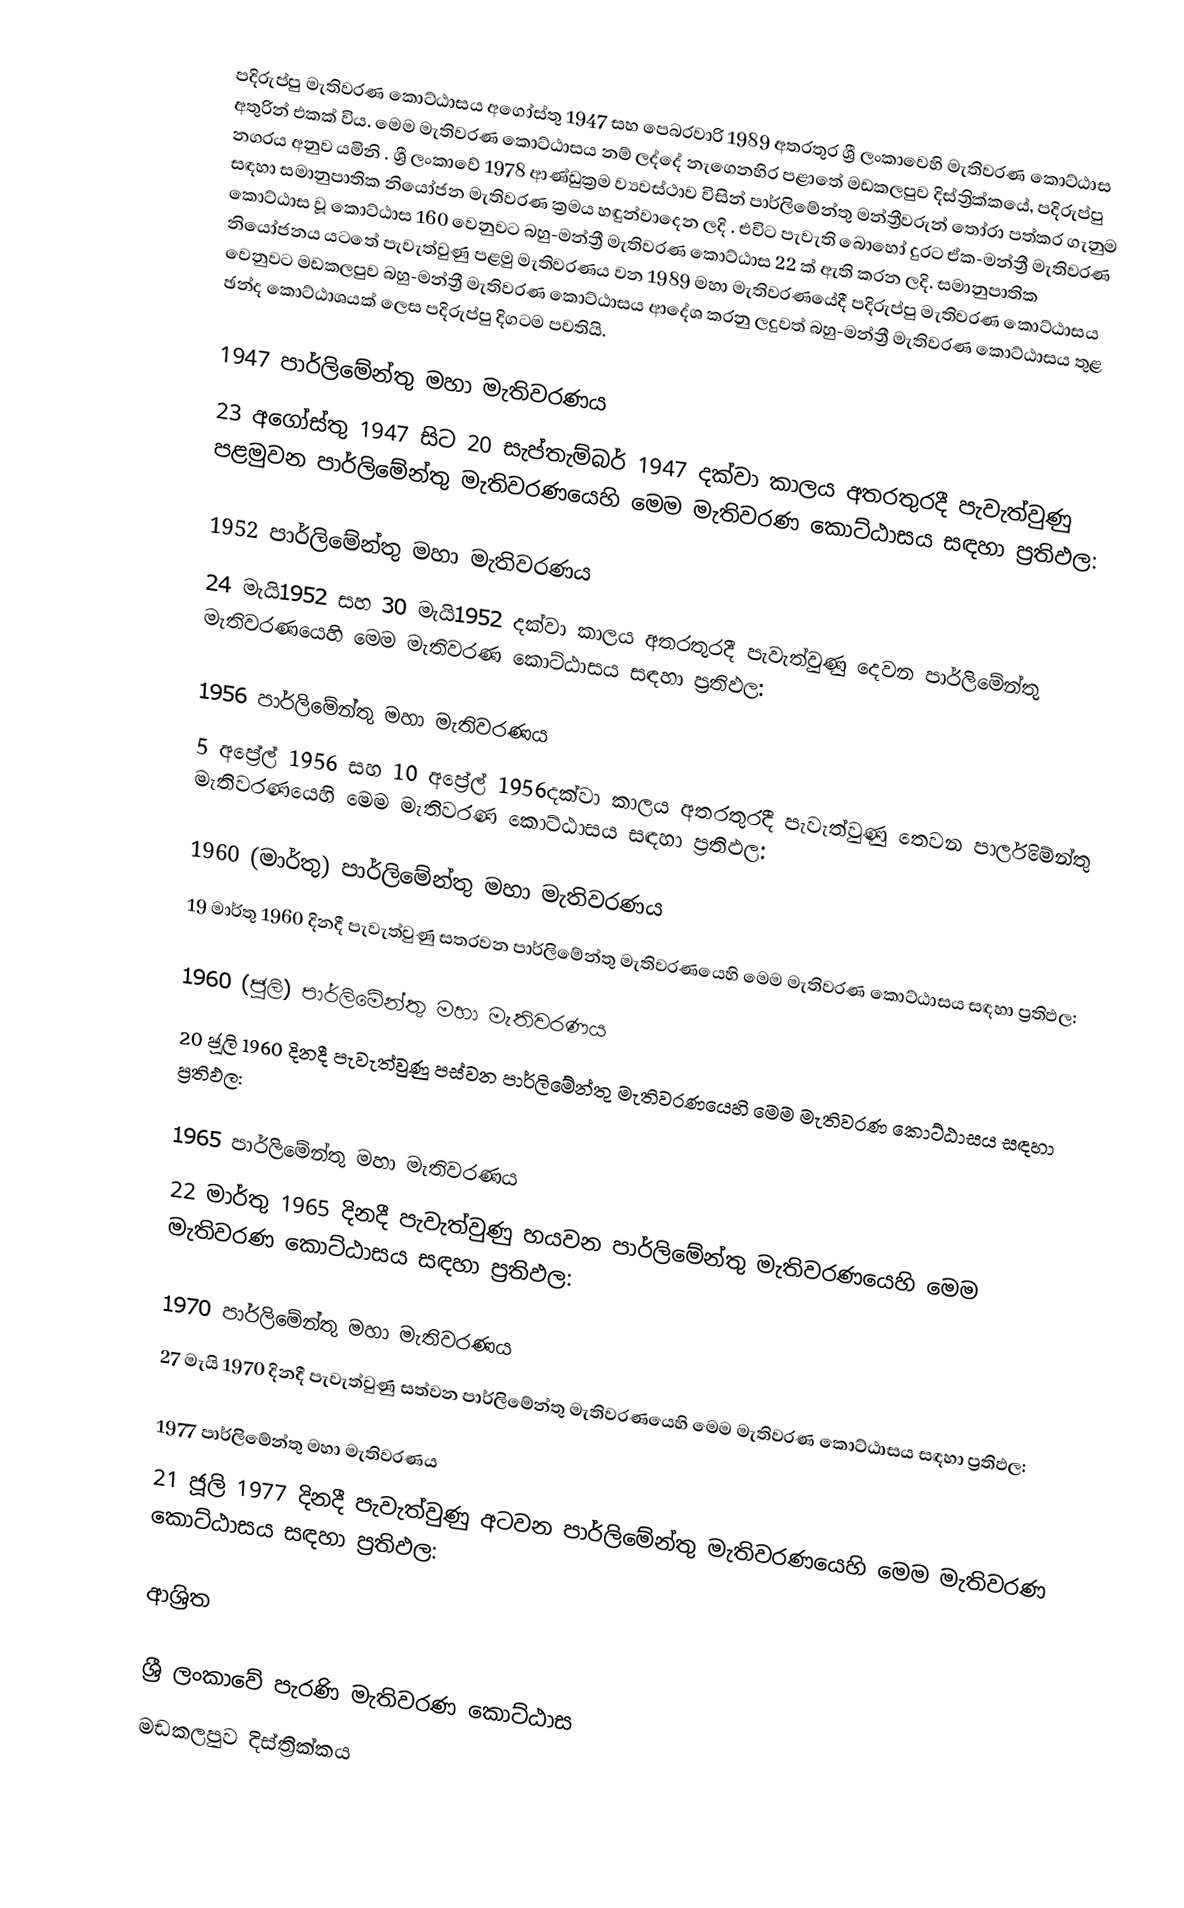
පදිරුප්පු මැතිවරණ කොට්ඨාසය  අගෝස්තු 1947 සහ පෙබරවාරි 1989 අතරතුර  ශ්‍රී ලංකාවෙහි  මැතිවරණ කොට්ඨාස අතුරින් එකක් විය. මෙම මැතිවරණ කොට්ඨාසය නම් ලද්දේ  නැගෙනහිර පළාතේ  මඩකලපුව දිස්ත්‍රික්කයේ,  පදිරුප්පු නගරය අනුව යමිනි . ශ්‍රී ලංකාවේ 1978 ආණ්ඩුක්‍රම ව්‍යවස්ථාව විසින්   පාර්ලිමේන්තු මන්ත්‍රීවරුන් තෝරා පත්කර ගැනුම සඳහා සමානුපාතික නියෝජන මැතිවරණ ක්‍රමය හඳුන්වාදෙන ලදි . එවිට පැවැති බොහෝ දුරට  ඒක-මන්ත්‍රී මැතිවරණ කොට්ඨාස වූ කොට්ඨාස 160 වෙනුවට බහු-මන්ත්‍රී මැතිවරණ කොට්ඨාස 22 ක් ඇති කරන ලදි. සමානුපාතික නියෝජනය යටතේ පැවැත්වුණු පළමු මැතිවරණය වන 1989 මහා මැතිවරණයේදී  පදිරුප්පු මැතිවරණ කොට්ඨාසය වෙනුවට  මඩකලපුව බහු-මන්ත්‍රී මැතිවරණ කොට්ඨාසය  ආදේශ කරනු ලදුවත් බහු-මන්ත්‍රී මැතිවරණ කොට්ඨාසය තුළ ඡන්ද කොට්ඨාශයක් ලෙස පදිරුප්පු දිගටම පවතියි.

1947 පාර්ලිමේන්තු මහා මැතිවරණය
23 අගෝස්තු 1947 සිට 20 සැප්තැම්බර් 1947 දක්වා කාලය අතරතුරදී පැවැත්වුණු  පළමුවන පාර්ලිමේන්තු මැතිවරණයෙහි මෙම මැතිවරණ කොට්ඨාසය සඳහා ප්‍රතිඵල:

1952 පාර්ලිමේන්තු මහා මැතිවරණය
24 මැයි1952 සහ 30 මැයි1952 දක්වා කාලය අතරතුරදී පැවැත්වුණු  දෙවන පාර්ලිමේන්තු මැතිවරණයෙහි මෙම මැතිවරණ කොට්ඨාසය සඳහා ප්‍රතිඵල:

1956 පාර්ලිමේන්තු මහා මැතිවරණය
5 අප්‍රේල් 1956 සහ 10 අප්‍රේල් 1956දක්වා කාලය අතරතුරදී පැවැත්වුණු  තෙවන පාර්ලිමේන්තු මැතිවරණයෙහි මෙම මැතිවරණ කොට්ඨාසය සඳහා ප්‍රතිඵල:

1960 (මාර්තු) පාර්ලිමේන්තු මහා මැතිවරණය
19 මාර්තු 1960 දිනදී පැවැත්වුණු  සතරවන පාර්ලිමේන්තු මැතිවරණයෙහි මෙම මැතිවරණ කොට්ඨාසය සඳහා ප්‍රතිඵල:

1960 (ජූලි) පාර්ලිමේන්තු මහා මැතිවරණය
20 ජූලි 1960 දිනදී පැවැත්වුණු  පස්වන පාර්ලිමේන්තු මැතිවරණයෙහි මෙම මැතිවරණ කොට්ඨාසය සඳහා ප්‍රතිඵල:

1965 පාර්ලිමේන්තු මහා මැතිවරණය
22 මාර්තු 1965  දිනදී පැවැත්වුණු  හයවන පාර්ලිමේන්තු මැතිවරණයෙහි මෙම මැතිවරණ කොට්ඨාසය සඳහා ප්‍රතිඵල:

1970 පාර්ලිමේන්තු මහා මැතිවරණය
27 මැයි 1970 දිනදී පැවැත්වුණු  සත්වන පාර්ලිමේන්තු මැතිවරණයෙහි මෙම මැතිවරණ කොට්ඨාසය සඳහා ප්‍රතිඵල:

1977 පාර්ලිමේන්තු මහා මැතිවරණය
21 ජූලි 1977 දිනදී පැවැත්වුණු  අටවන පාර්ලිමේන්තු මැතිවරණයෙහි මෙම මැතිවරණ කොට්ඨාසය සඳහා ප්‍රතිඵල:

ආශ්‍රිත

ශ්‍රී ලංකාවේ පැරණි මැතිවරණ කොට්ඨාස
මඩකලපුව දිස්ත්‍රික්කය